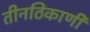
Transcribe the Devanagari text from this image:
तीनठिकाणी